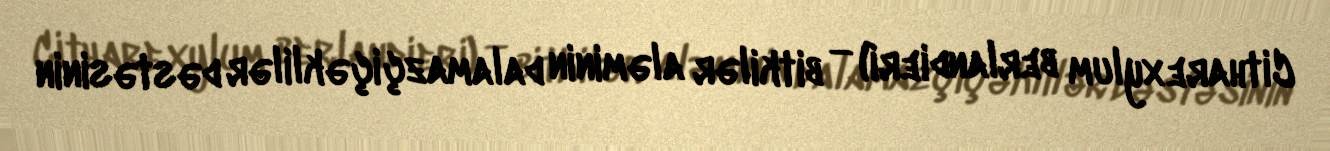
Citharexylum berlandieri) — bitkilər aləminin dalamazçiçəklilər dəstəsinin